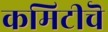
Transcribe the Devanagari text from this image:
कमिटीचॆ